Insane asylums in Bengal annual reports 1876-1887 - 1876-1887
Year: 1876
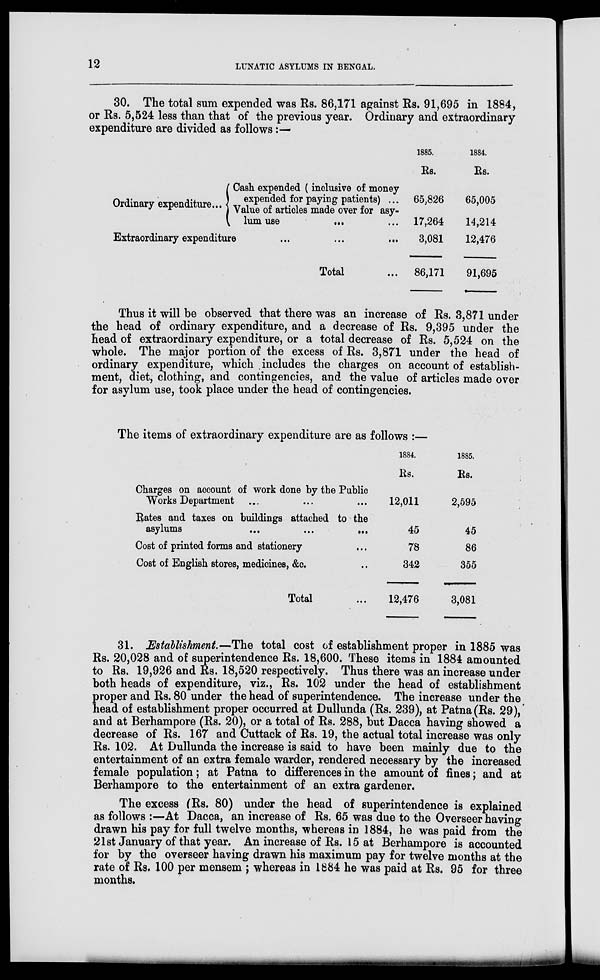
12
LUNATIC ASYLUMS IN BENGAL.
30. The total sum expended was Rs. 86,171 against Rs. 91,695 in 1884,
or Rs. 5,524 less than that of the previous year. Ordinary and extraordinary
expenditure are divided as follows:—
Ordinary expenditure ...
Cash expended (inclusive of money
expended for paying patients) ...
Value of articles made over for asy-
lum use
...
...
Extraordinary expenditure ... ... ...
Total ...
1885.
Rs.
65,826
17,264
3,081
86,171
1884.
Rs.
65,005
14,214
12,476
91,695
Thus it will be observed that there was an increase of Rs. 3,871 under
the head of ordinary expenditure, and a decrease of Rs. 9,395 under the
head of extraordinary expenditure, or a total decrease of Rs. 5,524 on the
whole. The major portion of the excess of Rs. 3,871 under the head of
ordinary expenditure, which includes the charges on account of establish-
ment, diet, clothing, and contingencies, and the value of articles made over
for asylum use, took place under the head of contingencies.
The items of extraordinary expenditure are as follows :—
Charges on account of work done by the Public
Works Department ... ... ...
Rates and taxes on buildings attached to the
asylums
...
...
...
Cost of printed forms and stationery ...
Cost of English stores, medicines, &c. ...
Total ...
1884.
Rs.
12,011
45
78
342
12,476
1885.
Rs.
2,595
45
86
355
3,081
31. Establishment.—The total cost of establishment proper in 1885 was
Rs. 20,028 and of superintendence Rs. 18,600. These items in 1884 amounted
to Rs. 19,926 and Rs. 18,520 respectively. Thus there was an increase under
both heads of expenditure, viz., Rs. 102 under the head of establishment
proper and Rs. 80 under the head of superintendence. The increase under the
head of establishment proper occurred at Dullunda (Rs. 239), at Patna(Rs. 29),
and at Berhampore (Rs. 20), or a total of Rs. 288, but Dacca having showed a
decrease of Rs. 167 and Cuttack of Rs. 19, the actual total increase was only
Rs. 102. At Dullunda the increase is said to have been mainly due to the
entertainment of an extra female warder, rendered necessary by the increased
female population; at Patna to differences in the amount of fines; and at
Berhampore to the entertainment of an extra gardener.
The excess (Rs. 80) under the head of superintendence is explained
as follows :—At Dacca, an increase of Rs. 65 was due to the Overseer having
drawn his pay for full twelve months, whereas in 1884, he was paid from the
21st January of that year. An increase of Rs. 15 at Berhampore is accounted
for by the overseer having drawn his maximum pay for twelve months at the
rate of Rs. 100 per mensem ; whereas in 1884 he was paid at Rs. 95 for three
months.